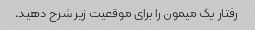
رفتار یک میمون را برای موقعیت زیر شرح دهید.